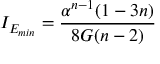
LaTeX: I _ { E _ { m i n } } = \frac { \alpha ^ { n - 1 } ( 1 - 3 n ) } { 8 G ( n - 2 ) }